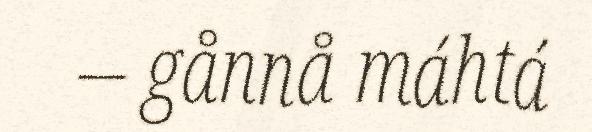
– gånnå máhtá